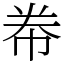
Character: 帣